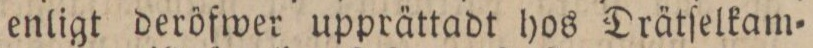
enligt deröfwer upprättadt hos Drätſelkam=